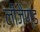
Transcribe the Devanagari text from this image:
लीजैण्ड